Subject: physics
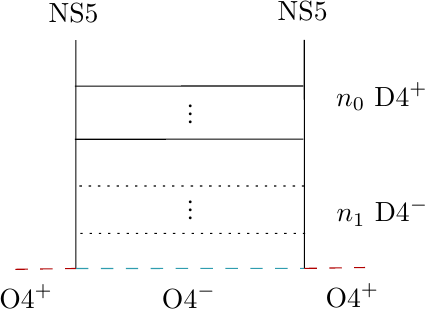
LaTeX code:
\begin{tikzpicture}[x=0.75pt,y=0.75pt,yscale=-1,xscale=1,baseline=(current bounding box.center)]

\draw    (250.54,109.73) -- (250.6,219.8) ;
\draw [color={rgb, 255:red, 47; green, 157; blue, 175 }  ,draw opacity=1 ] [dash pattern={on 4.5pt off 4.5pt}]  (250.6,219.8) -- (360.67,219.74) ;
\draw    (360.21,131.87) -- (250.14,131.93) ;
\draw    (360.61,109.67) -- (360.67,219.74) ;
\draw    (360.21,157.47) -- (250.14,157.53) ;
\draw  [dash pattern={on 0.84pt off 2.51pt}]  (360.61,180.07) -- (250.54,180.08) ;
\draw  [dash pattern={on 0.84pt off 2.51pt}]  (361.01,202.87) -- (250.94,202.88) ;
\draw [color={rgb, 255:red, 177; green, 0; blue, 0 }  ,draw opacity=1 ] [dash pattern={on 4.5pt off 4.5pt}]  (221.4,220.2) -- (250.6,219.8) ;
\draw [color={rgb, 255:red, 177; green, 0; blue, 0 }  ,draw opacity=1 ] [dash pattern={on 4.5pt off 4.5pt}]  (360.67,219.74) -- (389.87,219.34) ;

\draw (236.13,90.87) node [anchor=north west][inner sep=0.75pt]   [align=left] {NS5};
\draw (290.8,226.4) node [anchor=north west][inner sep=0.75pt]   [align=left] {O4$\displaystyle ^{-}$};
\draw (374.73,129.03) node [anchor=north west][inner sep=0.75pt]   [align=left] {$\displaystyle n_{0}$ D4$\displaystyle ^{+}$};
\draw (374.9,184.83) node [anchor=north west][inner sep=0.75pt]   [align=left] {$\displaystyle n_{1}$ D4$\displaystyle ^{-}$};
\draw (307.73,138.77) node [anchor=north west][inner sep=0.75pt]  [rotate=-90] [align=left] {...};
\draw (307.73,185.03) node [anchor=north west][inner sep=0.75pt]  [rotate=-90] [align=left] {...};
\draw (346.53,90.07) node [anchor=north west][inner sep=0.75pt]   [align=left] {NS5};
\draw (212.4,226.4) node [anchor=north west][inner sep=0.75pt]   [align=left] {O4$\displaystyle ^{+}$};
\draw (369.6,226) node [anchor=north west][inner sep=0.75pt]   [align=left] {O4$\displaystyle ^{+}$};

\end{tikzpicture}